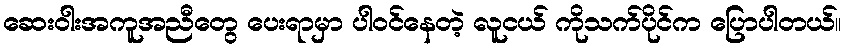
ဆေးဝါးအကူအညီတွေ ပေးရာမှာ ပါဝင်နေတဲ့ လူငယ် ကိုသက်ပိုင်က ပြောပါတယ်။